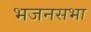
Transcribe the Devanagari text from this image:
भजनसभा